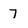
Character: 7